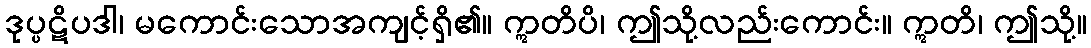
ဒုပ္ပဋိပဒါ၊ မကောင်းသောအကျင့်ရှိ၏။ ဣတိပိ၊ ဤသို့လည်းကောင်း။ ဣတိ၊ ဤသို့။